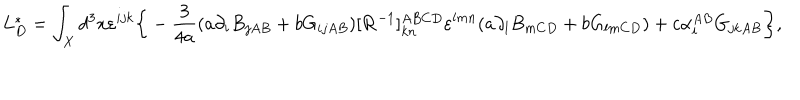
L _ { D } ^ { \ast } = \int _ { X } d ^ { 3 } x \varepsilon ^ { i j k } \bigg \{ - { \frac { 3 } { 4 a } } ( a \partial _ { i } B _ { j A B } + b G _ { i j A B } ) [ { \bf R } ^ { - 1 } ] _ { k n } ^ { A B C D } \varepsilon ^ { l m n } ( a \partial _ { l } B _ { m C D } + b G _ { l m C D } ) + c \alpha _ { i } ^ { A B } G _ { j k A B } \bigg \} ,